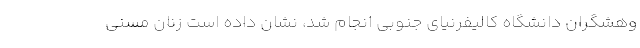
وهشگران دانشگاه کالیفرنیای جنوبی انجام شد، نشان داده است زنان مسنی